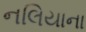
નલિયાના